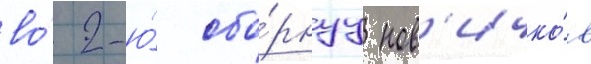
во́ 2-ю́ сбо́рнуу нов'ичко́в